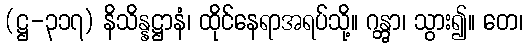
(ဋ္ဌ-၃၁၇) နိသိန္နဋ္ဌာနံ၊ ထိုင်နေရာအရပ်သို့။ ဂန္တွာ၊ သွား၍။ တေ၊